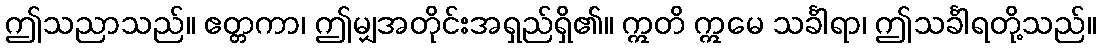
ဤသညာသည်။ ဧတ္တကာ၊ ဤမျှအတိုင်းအရှည်ရှိ၏။ ဣတိ ဣမေ သင်္ခါရာ၊ ဤသင်္ခါရတို့သည်။